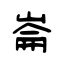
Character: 崙